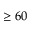
\geq 6 0